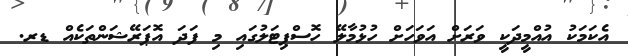
އެކަމަކު އުއްމީދަކީ ވަރަށް އަވަހަށް ހުޅުމާލޭ ހޮސްޕިޓަލުގައި މި ފަދަ އޮޕަރޭޝަންތަކެއް ޑރ.